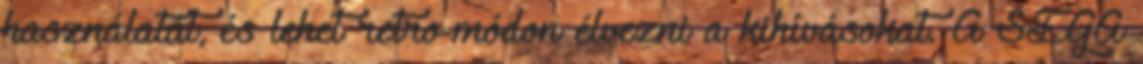
használatát, és lehet retro-módon élvezni a kihívásokat. A SEGA